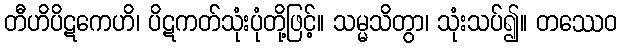
တီဟိပိဋကေဟိ၊ ပိဋကတ်သုံးပုံတို့ဖြင့်။ သမ္မသိတွာ၊ သုံးသပ်၍။ တဿေဝ